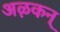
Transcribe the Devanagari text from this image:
अऴकन्